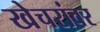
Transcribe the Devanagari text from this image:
खेचरांवर